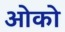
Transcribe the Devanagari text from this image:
ओको